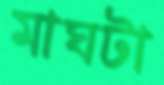
মাঘটা